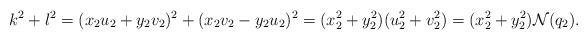
LaTeX: \begin{align*} k^2+l^2=(x_2u_2+y_2v_2)^2+(x_2v_2-y_2u_2)^2=(x_2^2+y_2^2)(u_2^2+v_2^2)=(x_2^2+y_2^2)\mathcal{N}(q_2).\end{align*}